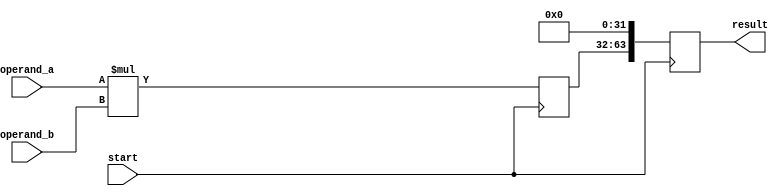
module unsigned_multiplier (
    input wire [31:0] operand_a,
    input wire [31:0] operand_b,
    input wire start,
    output reg [63:0] result
);

reg [31:0] partial_result;

always @ (posedge start) begin
    partial_result <= operand_a * operand_b;
    result <= {partial_result, 32'b0};
end

endmodule